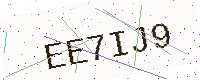
Text: EE7IJ9